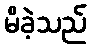
မိခဲ့သည်